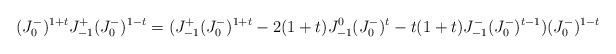
\begin{align*}(J^-_0)^{1+t} J^+_{-1} (J^-_0)^{1-t} =(J^+_{-1} (J^-_0)^{1+t}-2(1+t)J^0_{-1}(J^-_0)^{t}-t(1+t)J^-_{-1} (J^-_0)^{t-1})(J^-_0)^{1-t}\end{align*}